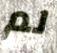
لم